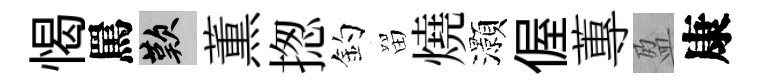
愒罵嘆薫揔釣㽞燒灝偓蓴盈康